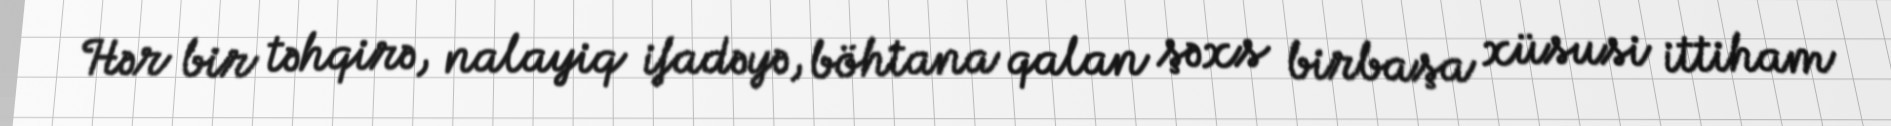
Hər bir təhqirə, nalayiq ifadəyə, böhtana qalan şəxs birbaşa xüsusi ittiham